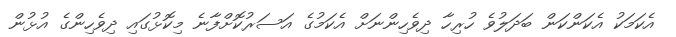
އެކަމަކު އެކަންކަން ބަދަލުވެ ހުރިހާ ދިވެހިންނަށް އެކަމުގެ އަސަރުކޮށްފާނެ މިކޮޅުގައި ދިވެހިންގެ އުޅުން